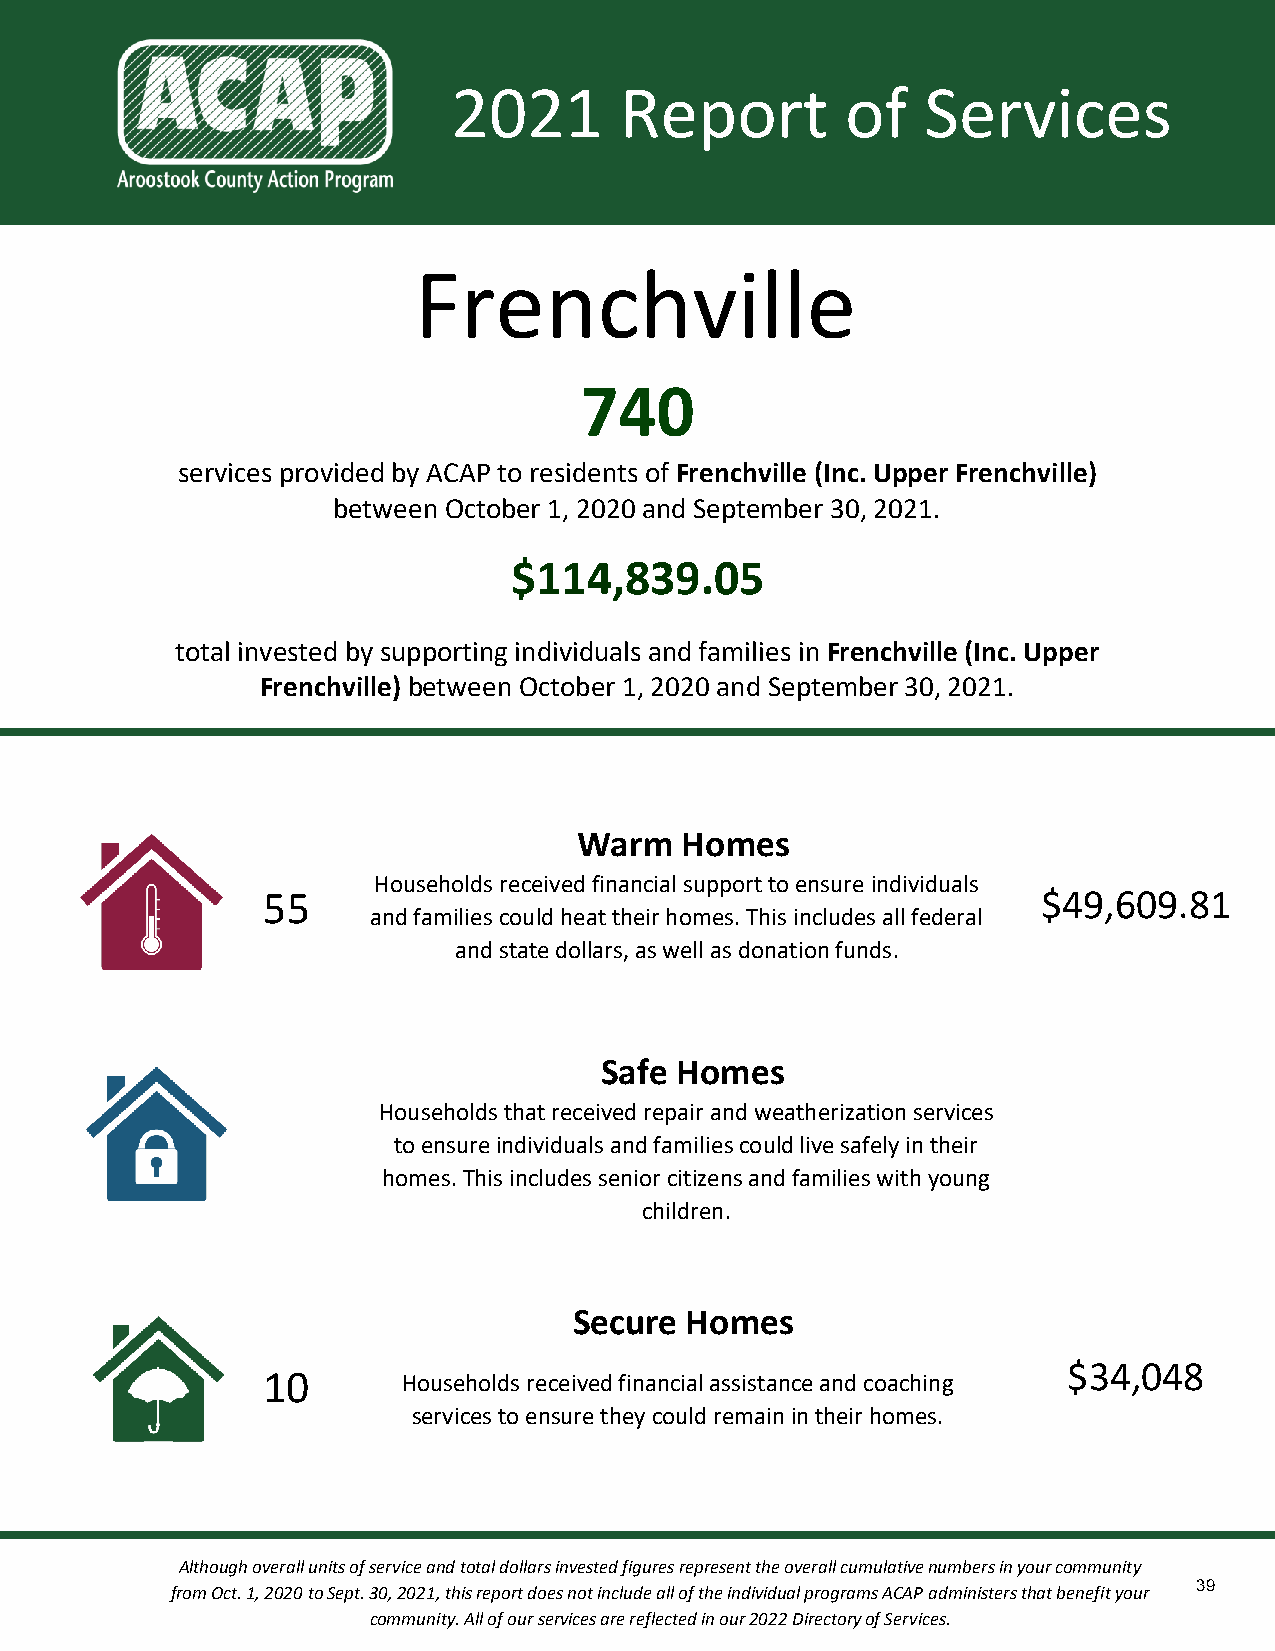
2021       Report         of   Services
 Frenchville
 740
 services provided by ACAP to residents of Frenchville (Inc. Upper Frenchville)
 between October 1, 2020 and September 30, 2021.
 $114,839.05
 total invested by supporting individuals and families in Frenchville (Inc. Upper
 Frenchville) between October 1, 2020 and September 30, 2021.
 Warm   Homes
 Households received financial support to ensure individuals
 55                                                  $49,609.81
 and families could heat their homes. This includes all federal
 and state dollars, as well as donation funds.
 Safe Homes
 Households that received repair and weatherization services
 to ensure individuals and families could live safely in their
 homes. This includes senior citizens and families with young
 children.
 Secure Homes
 $34,048
 10        Households received financial assistance and coaching
 services to ensure they could remain in their homes.
 Although overall units of service and total dollars invested figures represent the overall cumulative numbers in your community
 39
 from Oct. 1, 2020 to Sept. 30, 2021, this report does not include all of the individual programs ACAP administers that benefit your
 community. All of our services are reflected in our 2022 Directory of Services.